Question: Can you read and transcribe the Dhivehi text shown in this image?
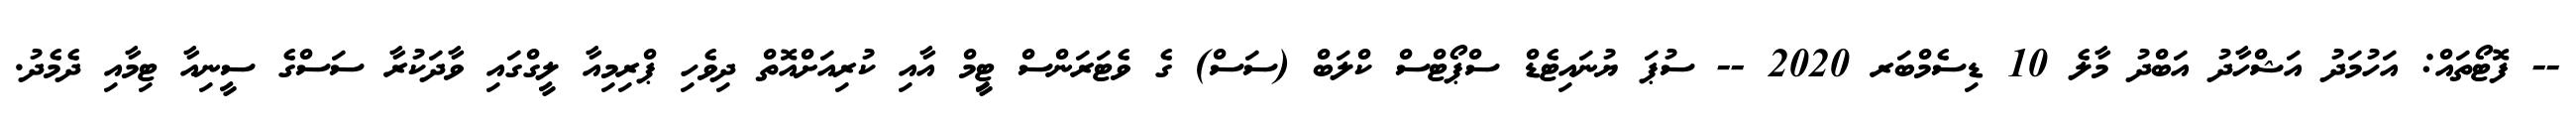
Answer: -- ފޮޓޯތައް: އަހުމަދު އަޝްހާދު އަބްދު މާލެ 10 ޑިސެމްބަރ 2020 -- ސުޕަ ޔުނައިޓެޑް ސްޕޯޓްސް ކްލަބް (ސަސް) ގެ ވެޓަރަންސް ޓިީމް އާއި ކުރިއަށްއޮތް ދިވެހި ޕްރިމިއާ ލީގްގައި ވާދަކުރާ ސަސްގެ ސީނިއާ ޓިމާއި ދެމެދު.